Annual administration report of the Civil Veterinary Department of India - 1903-1904
Year: 1903
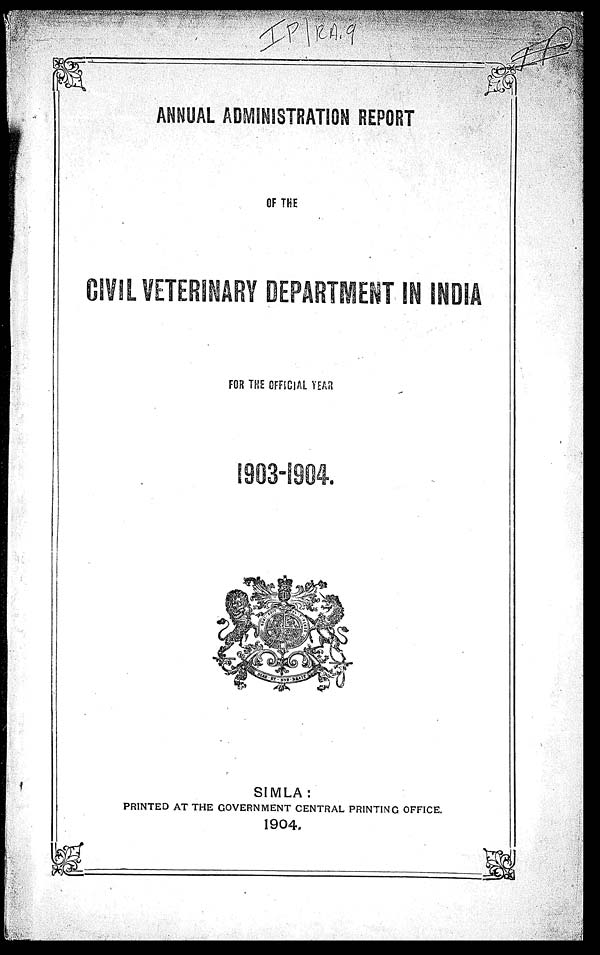
ANNUAL ADMINISTRATION REPORT
OF THE
CIVIL VETERINARY DEPARTMENT
FOR THE OFFICIAL YEAR
1903-1904.
SIMLA:
PRINTED AT THE GOVERNMENT CENTRAL PRINTING OFFICE.
1904.